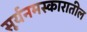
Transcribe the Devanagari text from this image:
सूर्यनमस्कारातील